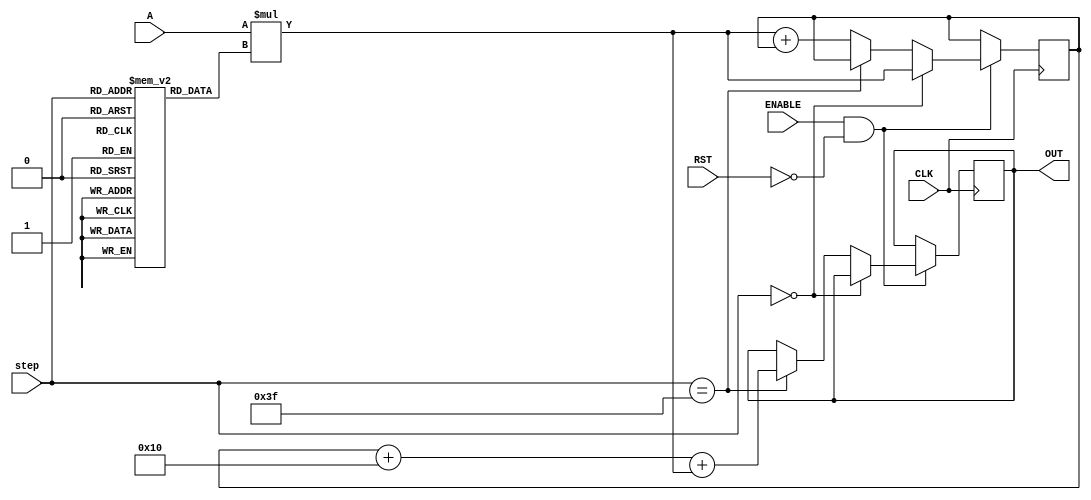
// This program was cloned from: https://github.com/ilaydayaman/CNN_for_SLR
// License: BSD 2-Clause "Simplified" License

`timescale 1ns / 1ps

module NODE_13(
input signed [35:0] A,
input [5:0] step,
input CLK,
input ENABLE,
input RST,
output reg signed [39:0] OUT //16-bit output
    );
    
reg signed [39:0] accumulator = 40'd0; //store the matrix mult here
reg signed [8:0] weights [63:0]; //store the weights here
reg signed [7:0] bias; //store node bias here

initial begin
   weights[0]<=9'b111100010;
   weights[1]<=9'b000000000;
   weights[2]<=9'b000001101;
   weights[3]<=9'b111100001;
   weights[4]<=9'b111010101;
   weights[5]<=9'b000000111;
   weights[6]<=9'b001100101;
   weights[7]<=9'b110011011;
   weights[8]<=9'b111100101;
   weights[9]<=9'b111110011;
   weights[10]<=9'b111111001;
   weights[11]<=9'b110101011;
   weights[12]<=9'b000001110;
   weights[13]<=9'b111000100;
   weights[14]<=9'b111110100;
   weights[15]<=9'b111111100;
   weights[16]<=9'b000100101;
   weights[17]<=9'b110000100;
   weights[18]<=9'b111011010;
   weights[19]<=9'b111011011;
   weights[20]<=9'b111001101;
   weights[21]<=9'b000110100;
   weights[22]<=9'b111110100;
   weights[23]<=9'b111010110;
   weights[24]<=9'b000100010;
   weights[25]<=9'b101001010;
   weights[26]<=9'b110111100;
   weights[27]<=9'b000011101;
   weights[28]<=9'b111000111;
   weights[29]<=9'b111111000;
   weights[30]<=9'b111100111;
   weights[31]<=9'b000111101;
   weights[32]<=9'b000010010;
   weights[33]<=9'b000100111;
   weights[34]<=9'b000011101;
   weights[35]<=9'b000001001;
   weights[36]<=9'b000001010;
   weights[37]<=9'b000001001;
   weights[38]<=9'b000101001;
   weights[39]<=9'b000010011;
   weights[40]<=9'b111101100;
   weights[41]<=9'b111110011;
   weights[42]<=9'b000001000;
   weights[43]<=9'b000001100;
   weights[44]<=9'b000001101;
   weights[45]<=9'b000111100;
   weights[46]<=9'b111111110;
   weights[47]<=9'b000000011;
   weights[48]<=9'b111110110;
   weights[49]<=9'b000100110;
   weights[50]<=9'b101001101;
   weights[51]<=9'b110101001;
   weights[52]<=9'b111111010;
   weights[53]<=9'b001001000;
   weights[54]<=9'b110010111;
   weights[55]<=9'b000000110;
   weights[56]<=9'b111111010;
   weights[57]<=9'b111111010;
   weights[58]<=9'b111010100;
   weights[59]<=9'b111100110;
   weights[60]<=9'b000000010;
   weights[61]<=9'b000111111;
   weights[62]<=9'b111101000;
   weights[63]<=9'b001011001;
   bias<=8'b00010000;
 end
 
 always @ ( posedge CLK )
 begin
    if( ENABLE == 1 && RST == 0 )
    begin
        if ( step == 0 )
        begin
            accumulator <=  A * weights[step];
        end
        else if( step == 63 )
        begin
            OUT <= accumulator + bias + A * weights[step];
        end else accumulator <=  A * weights[step] + accumulator;
    end
 end

endmodule